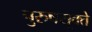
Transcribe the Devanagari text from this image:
पुरुषसूक्ते